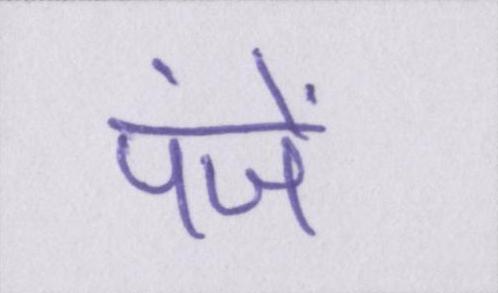
पंजें